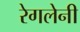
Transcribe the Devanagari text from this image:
रेगलेनी